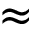
\approx